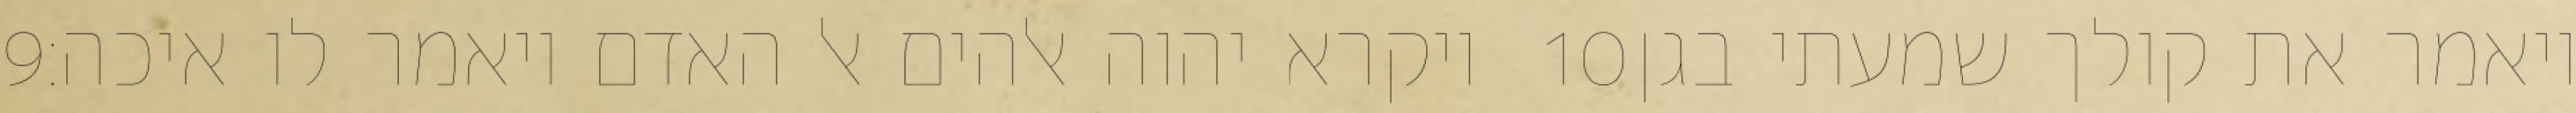
‎9‏ ויקרא יהוה אלהים אל האדם ויאמר לו איכה׃ ‎10‏ ויאמר את קולך שמעתי בגן